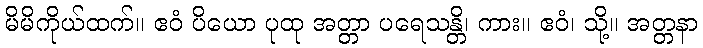
မိမိကိုယ်ထက်။ ဧဝံ ပိယော ပုထု အတ္တာ ပရေသန္တိ၊ ကား။ ဧဝံ၊ သို့။ အတ္တနာ